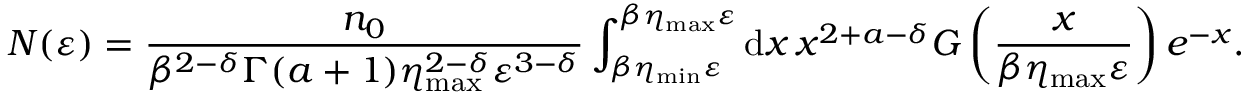
N ( \varepsilon ) = \frac { n _ { 0 } } { \beta ^ { 2 - \delta } \Gamma ( a + 1 ) \eta _ { \mathrm { m a x } } ^ { 2 - \delta } \varepsilon ^ { 3 - \delta } } \int _ { \beta \eta _ { \mathrm { m i n } } \varepsilon } ^ { { \beta \eta _ { \mathrm { m a x } } \varepsilon } } \mathrm { d } x \, x ^ { 2 + a - \delta } G \left( \frac { x } { \beta \eta _ { \mathrm { m a x } } \varepsilon } \right) e ^ { - x } .